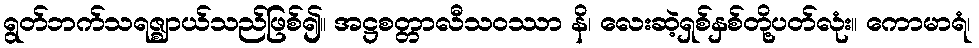
ရွတ်ဘက်သရဇ္ဈာယ်သည်ဖြစ်၍။ အဋ္ဌစတ္တာလီသဝဿာ နိ၊ လေးဆဲ့ရှစ်နှစ်တို့ပတ်လုံး။ ကောမာရံ၊